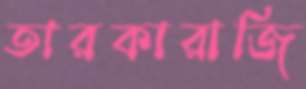
তারকারাজি